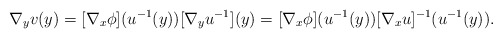
\begin{align*} \nabla_y v (y) = [\nabla_x \phi] (u^{-1}(y)) [\nabla_y u^{-1}](y) = [\nabla_x \phi] (u^{-1}(y)) [\nabla_x u]^{-1}(u^{-1}(y)).\end{align*}